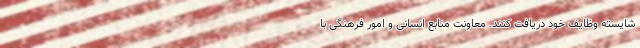
شایسته وظایف خود دریافت کنند. معاونت منابع انسانی و امور فرهنگی با